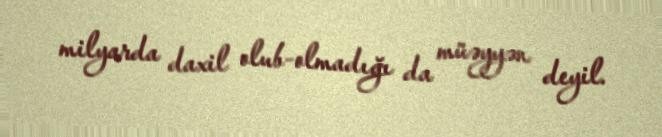
milyarda daxil olub-olmadığı da müəyyən deyil.